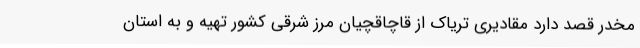
مخدر قصد دارد مقادیری تریاک از قاچاقچیان مرز شرقی کشور تهیه و به استان